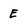
Character: E